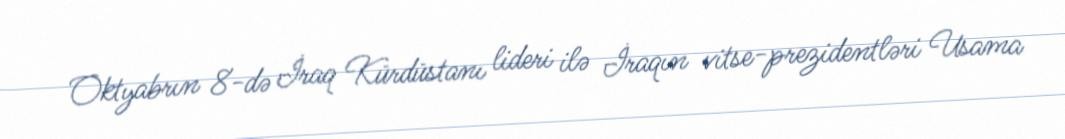
Oktyabrın 8-də İraq Kürdüstanı lideri ilə İraqın vitse-prezidentləri Usama